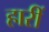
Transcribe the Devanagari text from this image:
हारीं